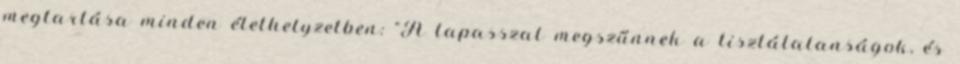
megtartása minden élethelyzetben: "A tapasszal megszűnnek a tisztátalanságok, és